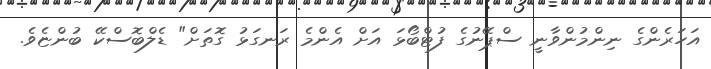
އަހަރެންގެ ނިންމުންވާނީ ސްޕޭނުގެ ފުޓްބޯޅަ އަށް އެންމެ ރަނގަޅު ގޮތަށް" ޑެލްބޮސްކޭ ބުންޏެވެ.